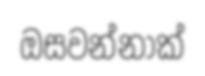
ඔසවන්නාක්